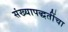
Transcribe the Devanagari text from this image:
संख्यापद्धतींचा